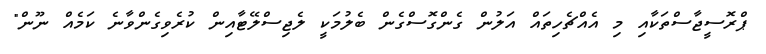
ޕްރޮސީޖާސްތަކާއި މި އެއްޗެހިތައް އަލުން ގެންގޮސްގެން ބެލުމަކީ ލެޖިސްލޭޓާއިން ކުރެވިގެންވާނެ ކަމެއް ނޫން"